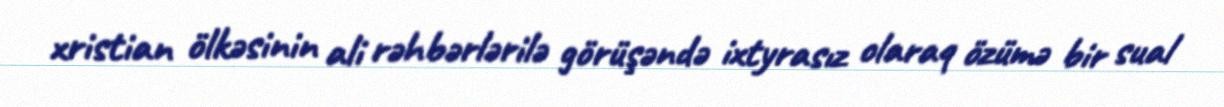
xristian ölkəsinin ali rəhbərlərilə görüşəndə ixtyrasız olaraq özümə bir sual